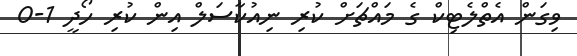
ވިގަން އެތްލެޓިކް ގެ މައްޗަށް ކުރި ނިއުކާސަލް އިން ކުރި ހޯދީ 1-0